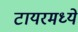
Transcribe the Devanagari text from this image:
टायरमध्ये